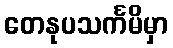
တေနုပသင်္ကမိမှာ